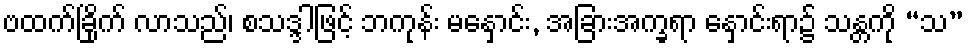
ဗထက်ခြိုက် လာသည်၊ စသဒ္ဒါဖြင့် ဘကုန်း မနှောင်း, အခြားအက္ခရာ နှောင်းရာ၌ သန္တကို “သ”